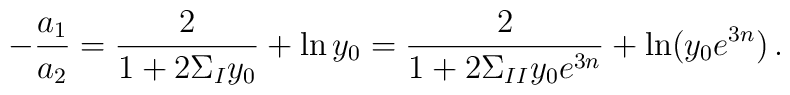
-{a_1\over a_2} = {2 \over 1+2\Sigma_Iy_0}+\ln y_0= {2 \over 1+2\Sigma_{II}y_0 e^{3n}}+\ln (y_0e^{3n})\,.